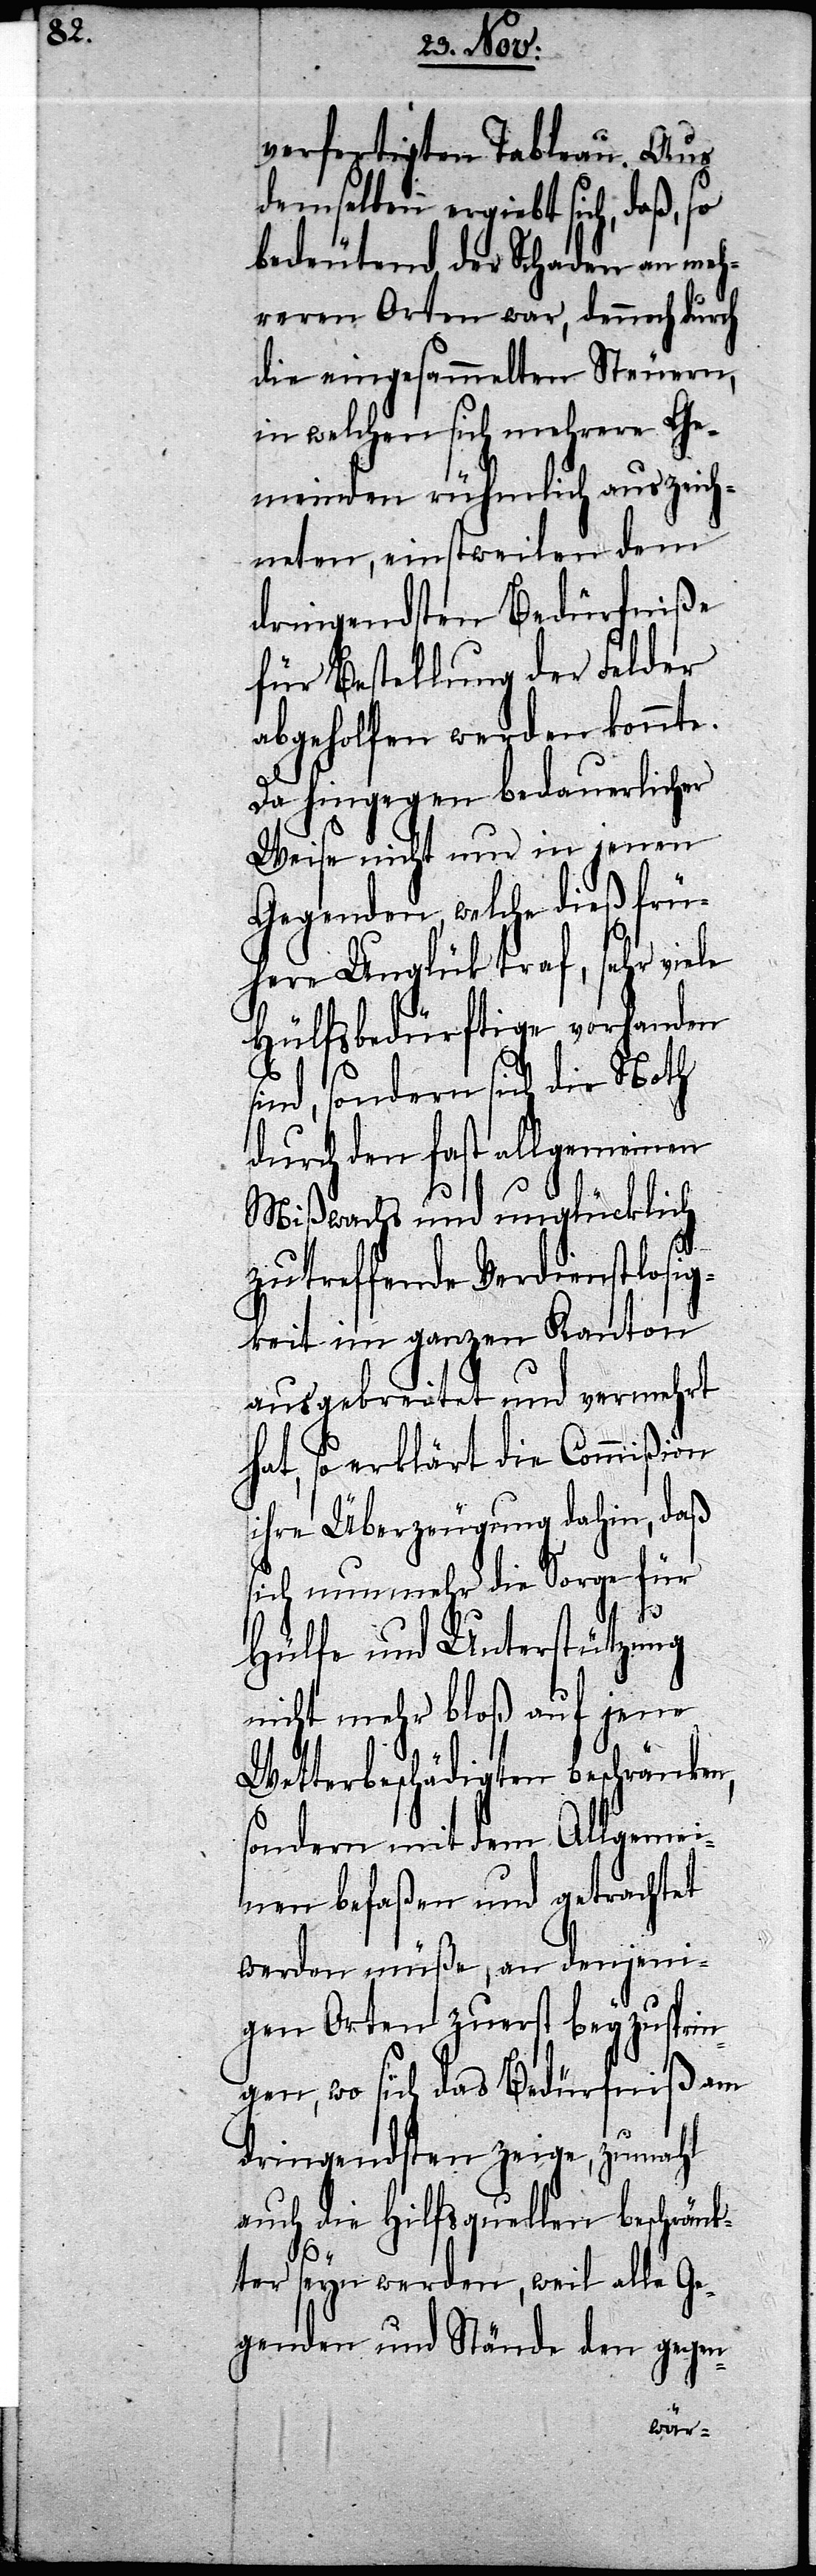
verfertigten Tableau. Aus
demselben ergiebt sich, daß, so
bedeutend der Schaden an meh¬
reren Orten war, dennoch durch
die eingesammelten Steuern,
in welchen sich mehrere Ge¬
meinden rühmlich auszeich¬
neten, einstweilen dem
dringendsten Bedürfniße
für Bestellung der Felder
abgeholfen werden konnte.
Da hingegen bedauerlicher
Weise nicht nur in jenen
Gegenden, welche dieß frü¬
here Unglük traf, sehr viele
Hülfsbedürftige vorhanden
sind, sondern sich die Noth
durch den fast allgemeinen
Mißwachs und unglücklich
zutreffende Verdienstlosig¬
keit im ganzen Kanton
ausgebreitet und vermehrt
hat, so erklärt die Commißion
ihre Überzeugung dahin, daß
sich nunmehr die Sorge für
Hülfe und Unterstützung
nicht mehr bloß auf jene
Wetterbeschädigten beschränken,
sondern mit dem Allgemei¬
nen befaßen und getrachtet
werden müße, an denjeni¬
gen Orten zuerst beyzusprin¬
gen, wo sich das Bedürfniß am
dringendsten zeige, zumahl
auch die Hilfsquellen beschränk¬
ter seyn werden, weil alle Ge¬
genden und Stände den gegen-